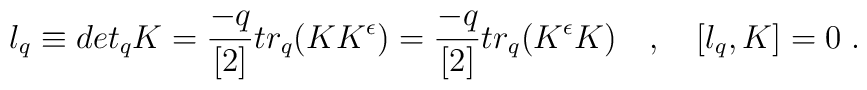
l_{q} \equiv  det_{q} K = \frac{-q}{[2]} tr_{q} (K K^{\epsilon})=\frac{-q}{[2]}tr_{q} (K^{\epsilon} K) \quad ,\quad [l_q,K]=0\;.